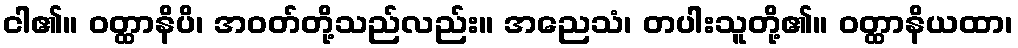
ငါ၏။ ဝတ္ထာနိပိ၊ အဝတ်တို့သည်လည်း။ အညေသံ၊ တပါးသူတို့၏။ ဝတ္ထာနိယထာ၊